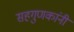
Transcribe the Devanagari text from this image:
सहगुणकांनी